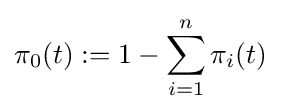
\pi _{0}(t):=1-\sum _{i=1}^{n}\pi _{i}(t)